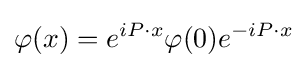
\varphi (x)=e^{iP\cdot x}\varphi (0)e^{-iP\cdot x}